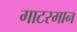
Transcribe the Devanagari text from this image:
गाटरमान